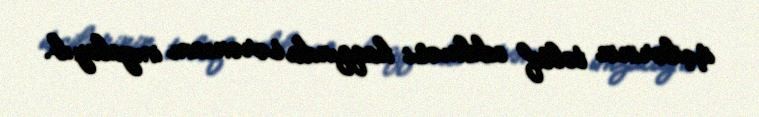
işçilərinin təltif edilməsi haqqında sərəncam imzalayıb.